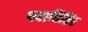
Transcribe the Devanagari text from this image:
पदाधिष्ठित